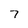
Character: 7